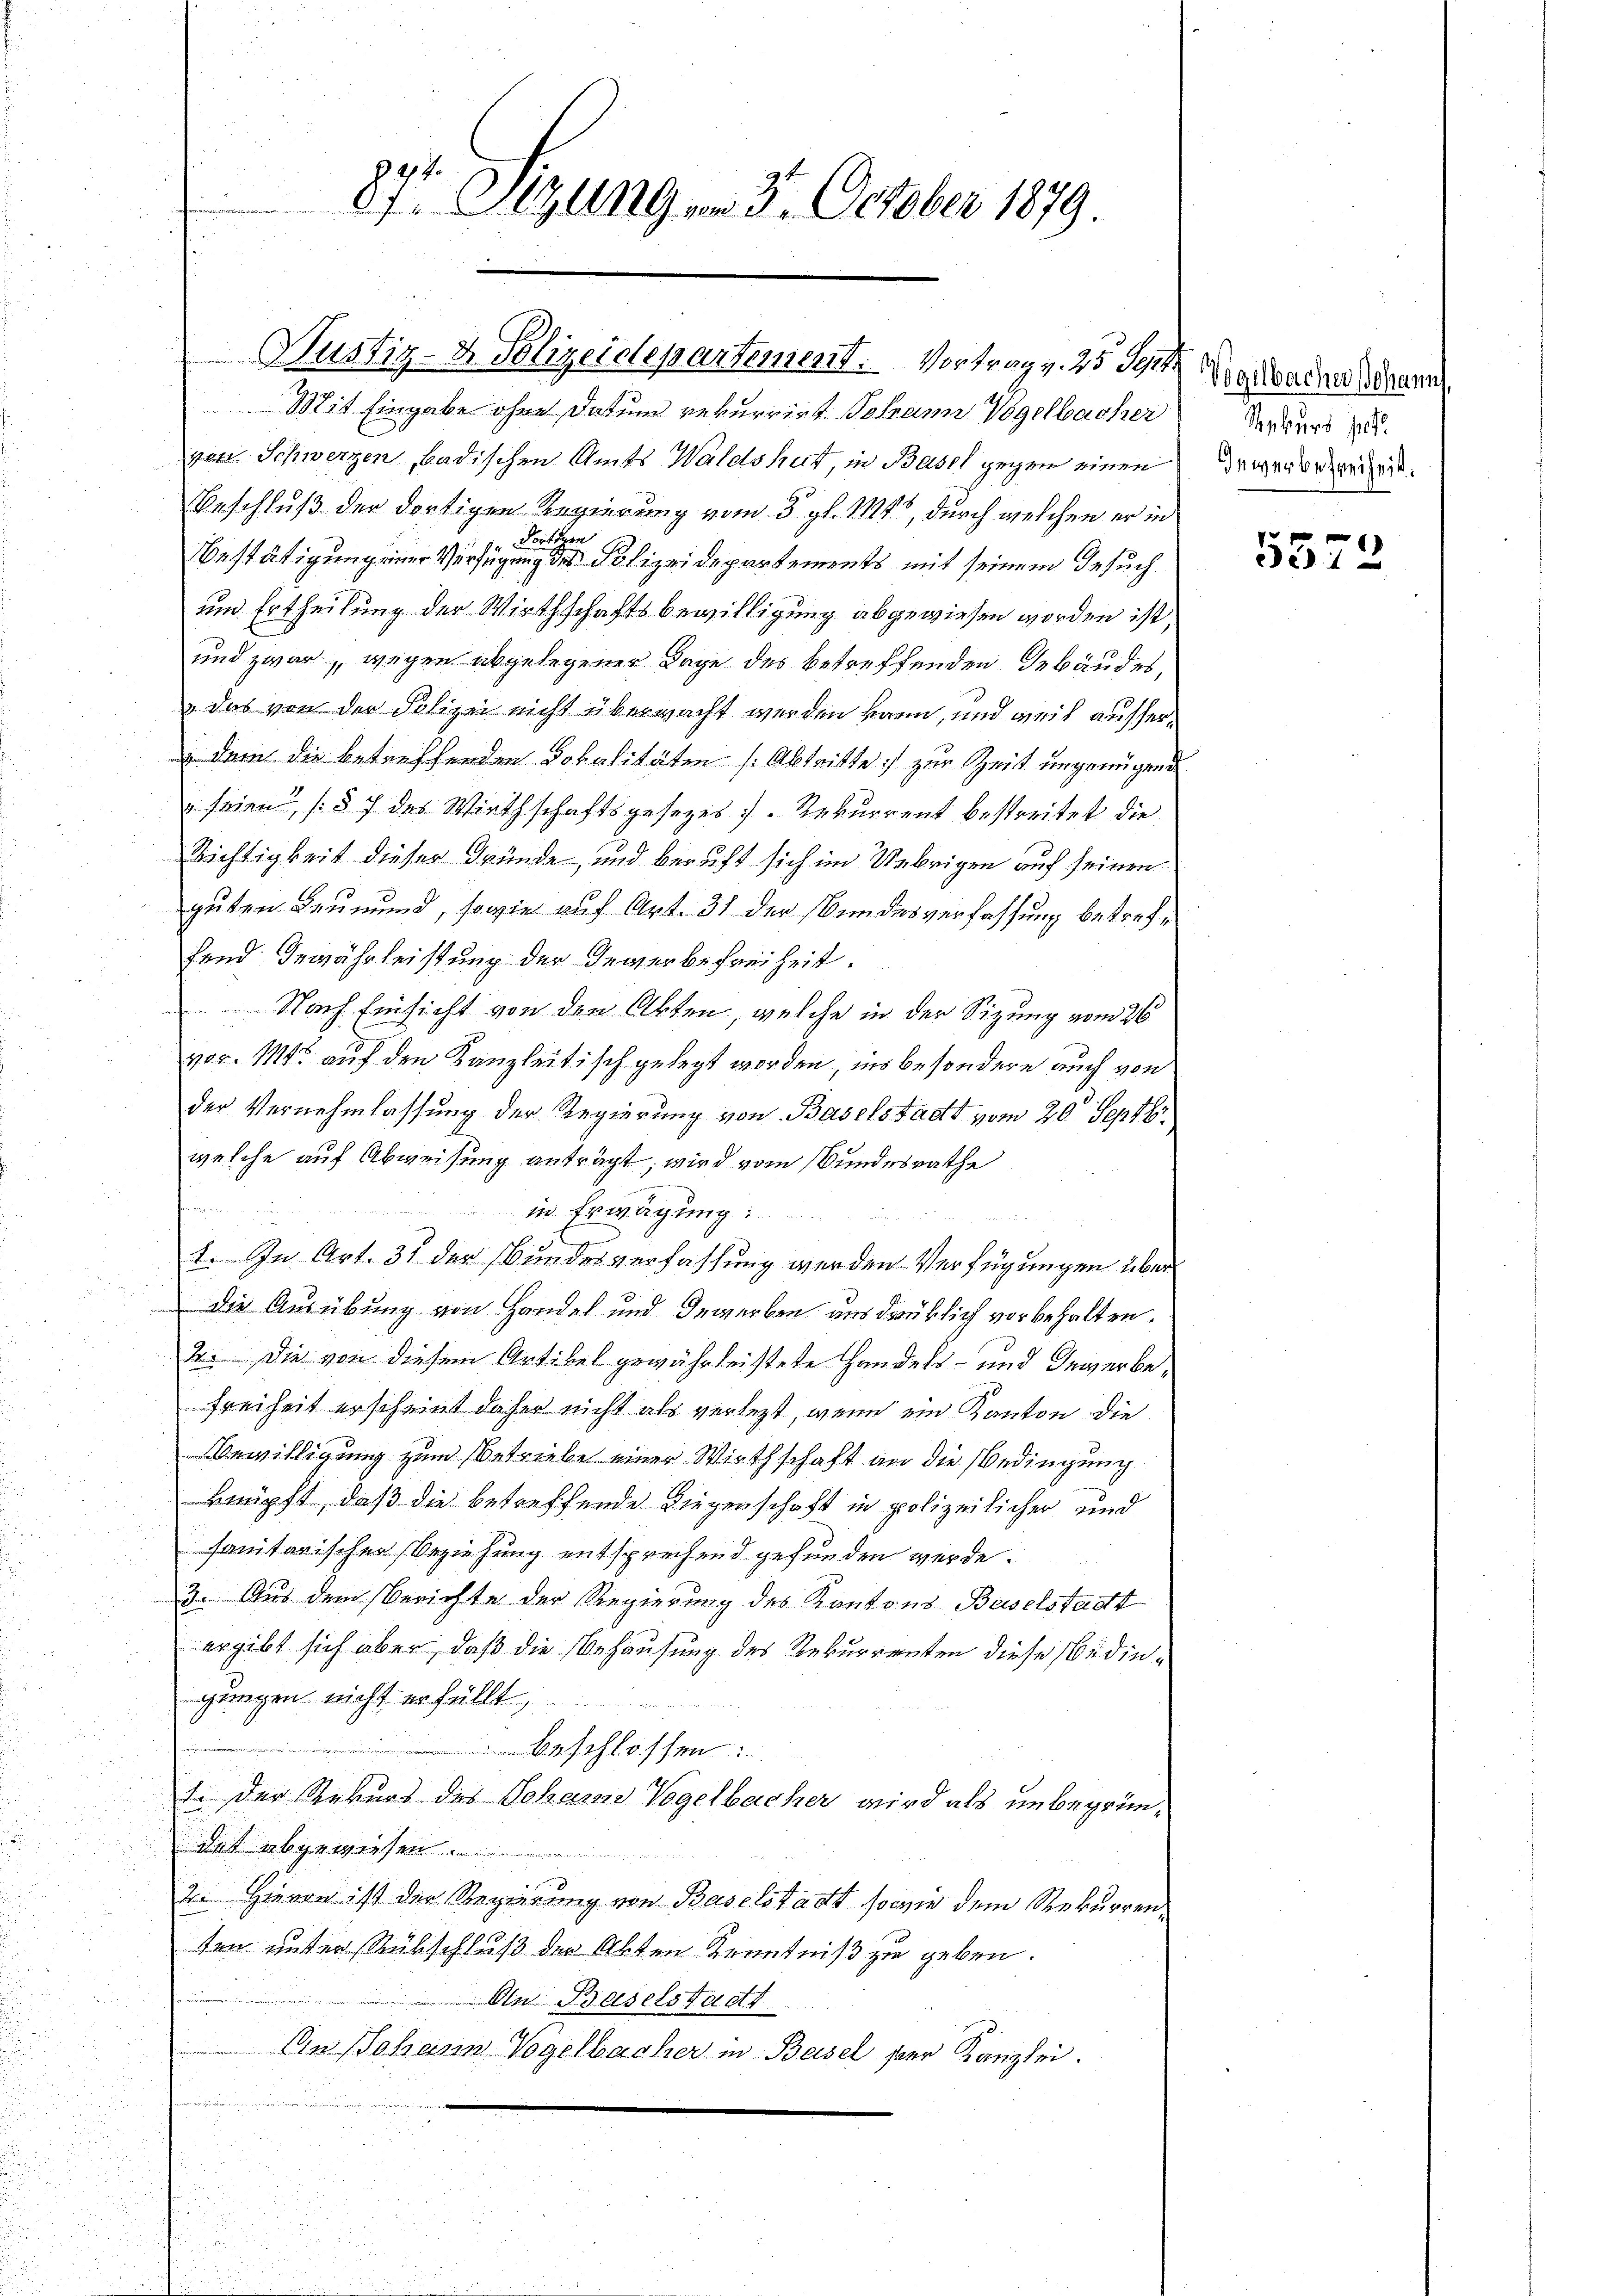
87 Sizung am 3. October 1879.

Justiz- & Polizeidepartement. Vortrag v. 25. Fett gewache Mann

Mit Eingabe ohne Datum rekurrirt Johann Vögelbacher
ven Schwerzen, badischen Amts Waldshut, in Basel gegen einen
Beschluß der dortigen Regierung vom 3. gl. 1121, durch welchen er in
 Portigen
Bestätigung einer Verfügung des Polizeidepartements mit seinem Gesuchum Ertheilung der Wirthschaftsbewilligung abgewiesen worden ist,
und zwar, wegen abgelegener Tage des betreffenden Gebäudes,
„ das von der Polizei nicht überwacht werden kann, und weil ausser¬
u dem die betreffenden Lokalitäten (Abtritte zur Zeit ungenügend
 seien (§ 7 des Wirthschaftsgesezes 7. Rekurrent bestreitet die
Richtigkeit dieser Gründe, und beruft sich im Uebrigen auf seinen
guten Leumund, sowie auf Art. 31 der Bundesverfassung betreffend Gewährleistung der Gewerbefreiheit.
Nach Einsicht von den Akten, welche in der Sizung vom 26
vor. Mts. auf den Kanzleitisch gelegt worden, ins besondere auch von
der Vernehmlassung der Regierung von Baselstadtt vom 20. Septbr
welche auf Abweisung anträgt, wird vom Bundesrathe
in Erwägung:
1. In Art. 31 der Bundesverfassung werden Verfügungen über
i
 die Ausübung von Handel und Gewerben aus drüklich vorbehalten.
2. Die von diesen Artikel gewährleistete Handels- und Gewerbe¬
Freiheit erscheint daher nicht als verletzt, wenn ein Kanton die
Bewilligung zum Betriebe einer Wirthschaft an die Bedingung
knüpft, daß die betreffende Liegenschaft in polizeilicher und
sanitarischer Beziehung entsprechend gefunden werde.
3. Aus dem Berichte der Regierung des Kantons Baselstadt
ergibt sich aber, daß die Behausung des Rekurrenten diese Bedingungen nicht erfüllt,
beschlossen:
t. der Rekurs des Johann Vogelbacher wird als unbegründet abgewiesen.
2. Hievon ist der Regierung von Baselstadt sowie dem Rekurrenten unter Rübschluß der Abten Kenntniß zu geben.
On Baselstadt
An Johann Vogelbacher in Basel per Kanzlei.

Senkurs heitl
Gewerbefreiheit.

5572